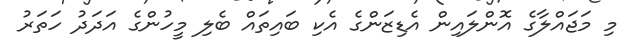
މި މަޖައްލާގެ އޮންލައިން އެޑިޒަންގެ އެކި ބައިތައް ބެލި މީހުންގެ އަދަދު ހަތަރު